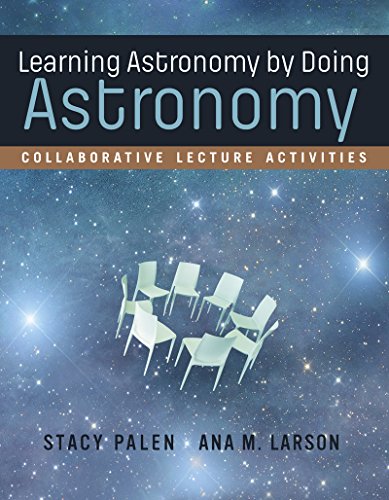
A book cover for Learning Astronomy by Doing Astronomy: Collaborative Lecture Activities; Stacy Palen; Science & Math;